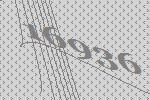
16936